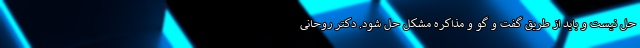
حل نیست و باید از طریق گفت و گو و مذاکره مشکل حل شود. دکتر روحانی